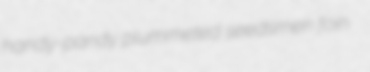
handy-pandy plummeted seedsmen foin